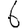
Digit: 6